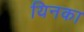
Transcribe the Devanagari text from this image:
यिनका